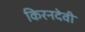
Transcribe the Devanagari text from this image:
किरनदेवी